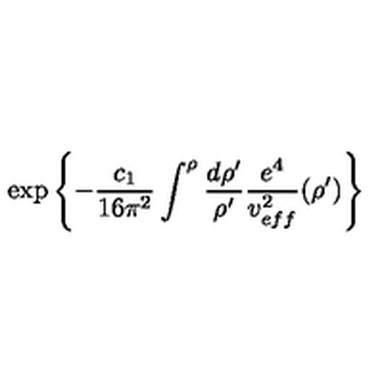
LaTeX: \exp { \left\{ - \frac { c _ { 1 } } { 1 6 \pi ^ { 2 } } \int ^ { \rho } \frac { d \rho ^ { \prime } } { \rho ^ { \prime } } \frac { e ^ { 4 } } { v _ { e f f } ^ { 2 } } ( \rho ^ { \prime } ) \right\} }